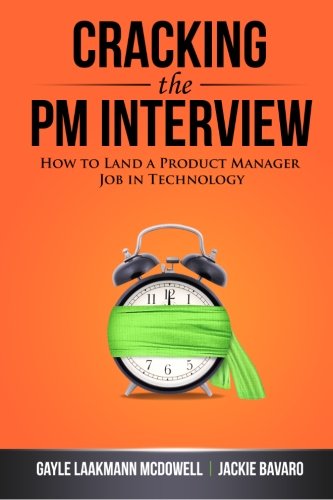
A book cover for Cracking the PM Interview: How to Land a Product Manager Job in Technology; Gayle Laakmann McDowell; Engineering & Transportation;